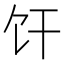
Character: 𫗞